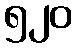
၅၂၀